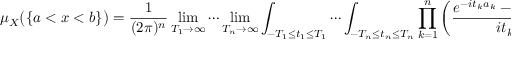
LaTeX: \mu _ { X } { \big ( } \{ a < x < b \} { \big ) } = { \frac { 1 } { ( 2 \pi ) ^ { n } } } \operatorname* { l i m } _ { T _ { 1 } \to \infty } \cdots \operatorname* { l i m } _ { T _ { n } \to \infty } \int _ { - T _ { 1 } \leq t _ { 1 } \leq T _ { 1 } } \cdots \int _ { - T _ { n } \leq t _ { n } \leq T _ { n } } \prod _ { k = 1 } ^ { n } \left( { \frac { e ^ { - i t _ { k } a _ { k } } - e ^ { - i t _ { k } b _ { k } } } { i t _ { k } } } \right) \varphi _ { X } ( t ) \lambda ( d t _ { 1 } \times \cdots \times d t _ { n } )